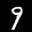
Label: 9